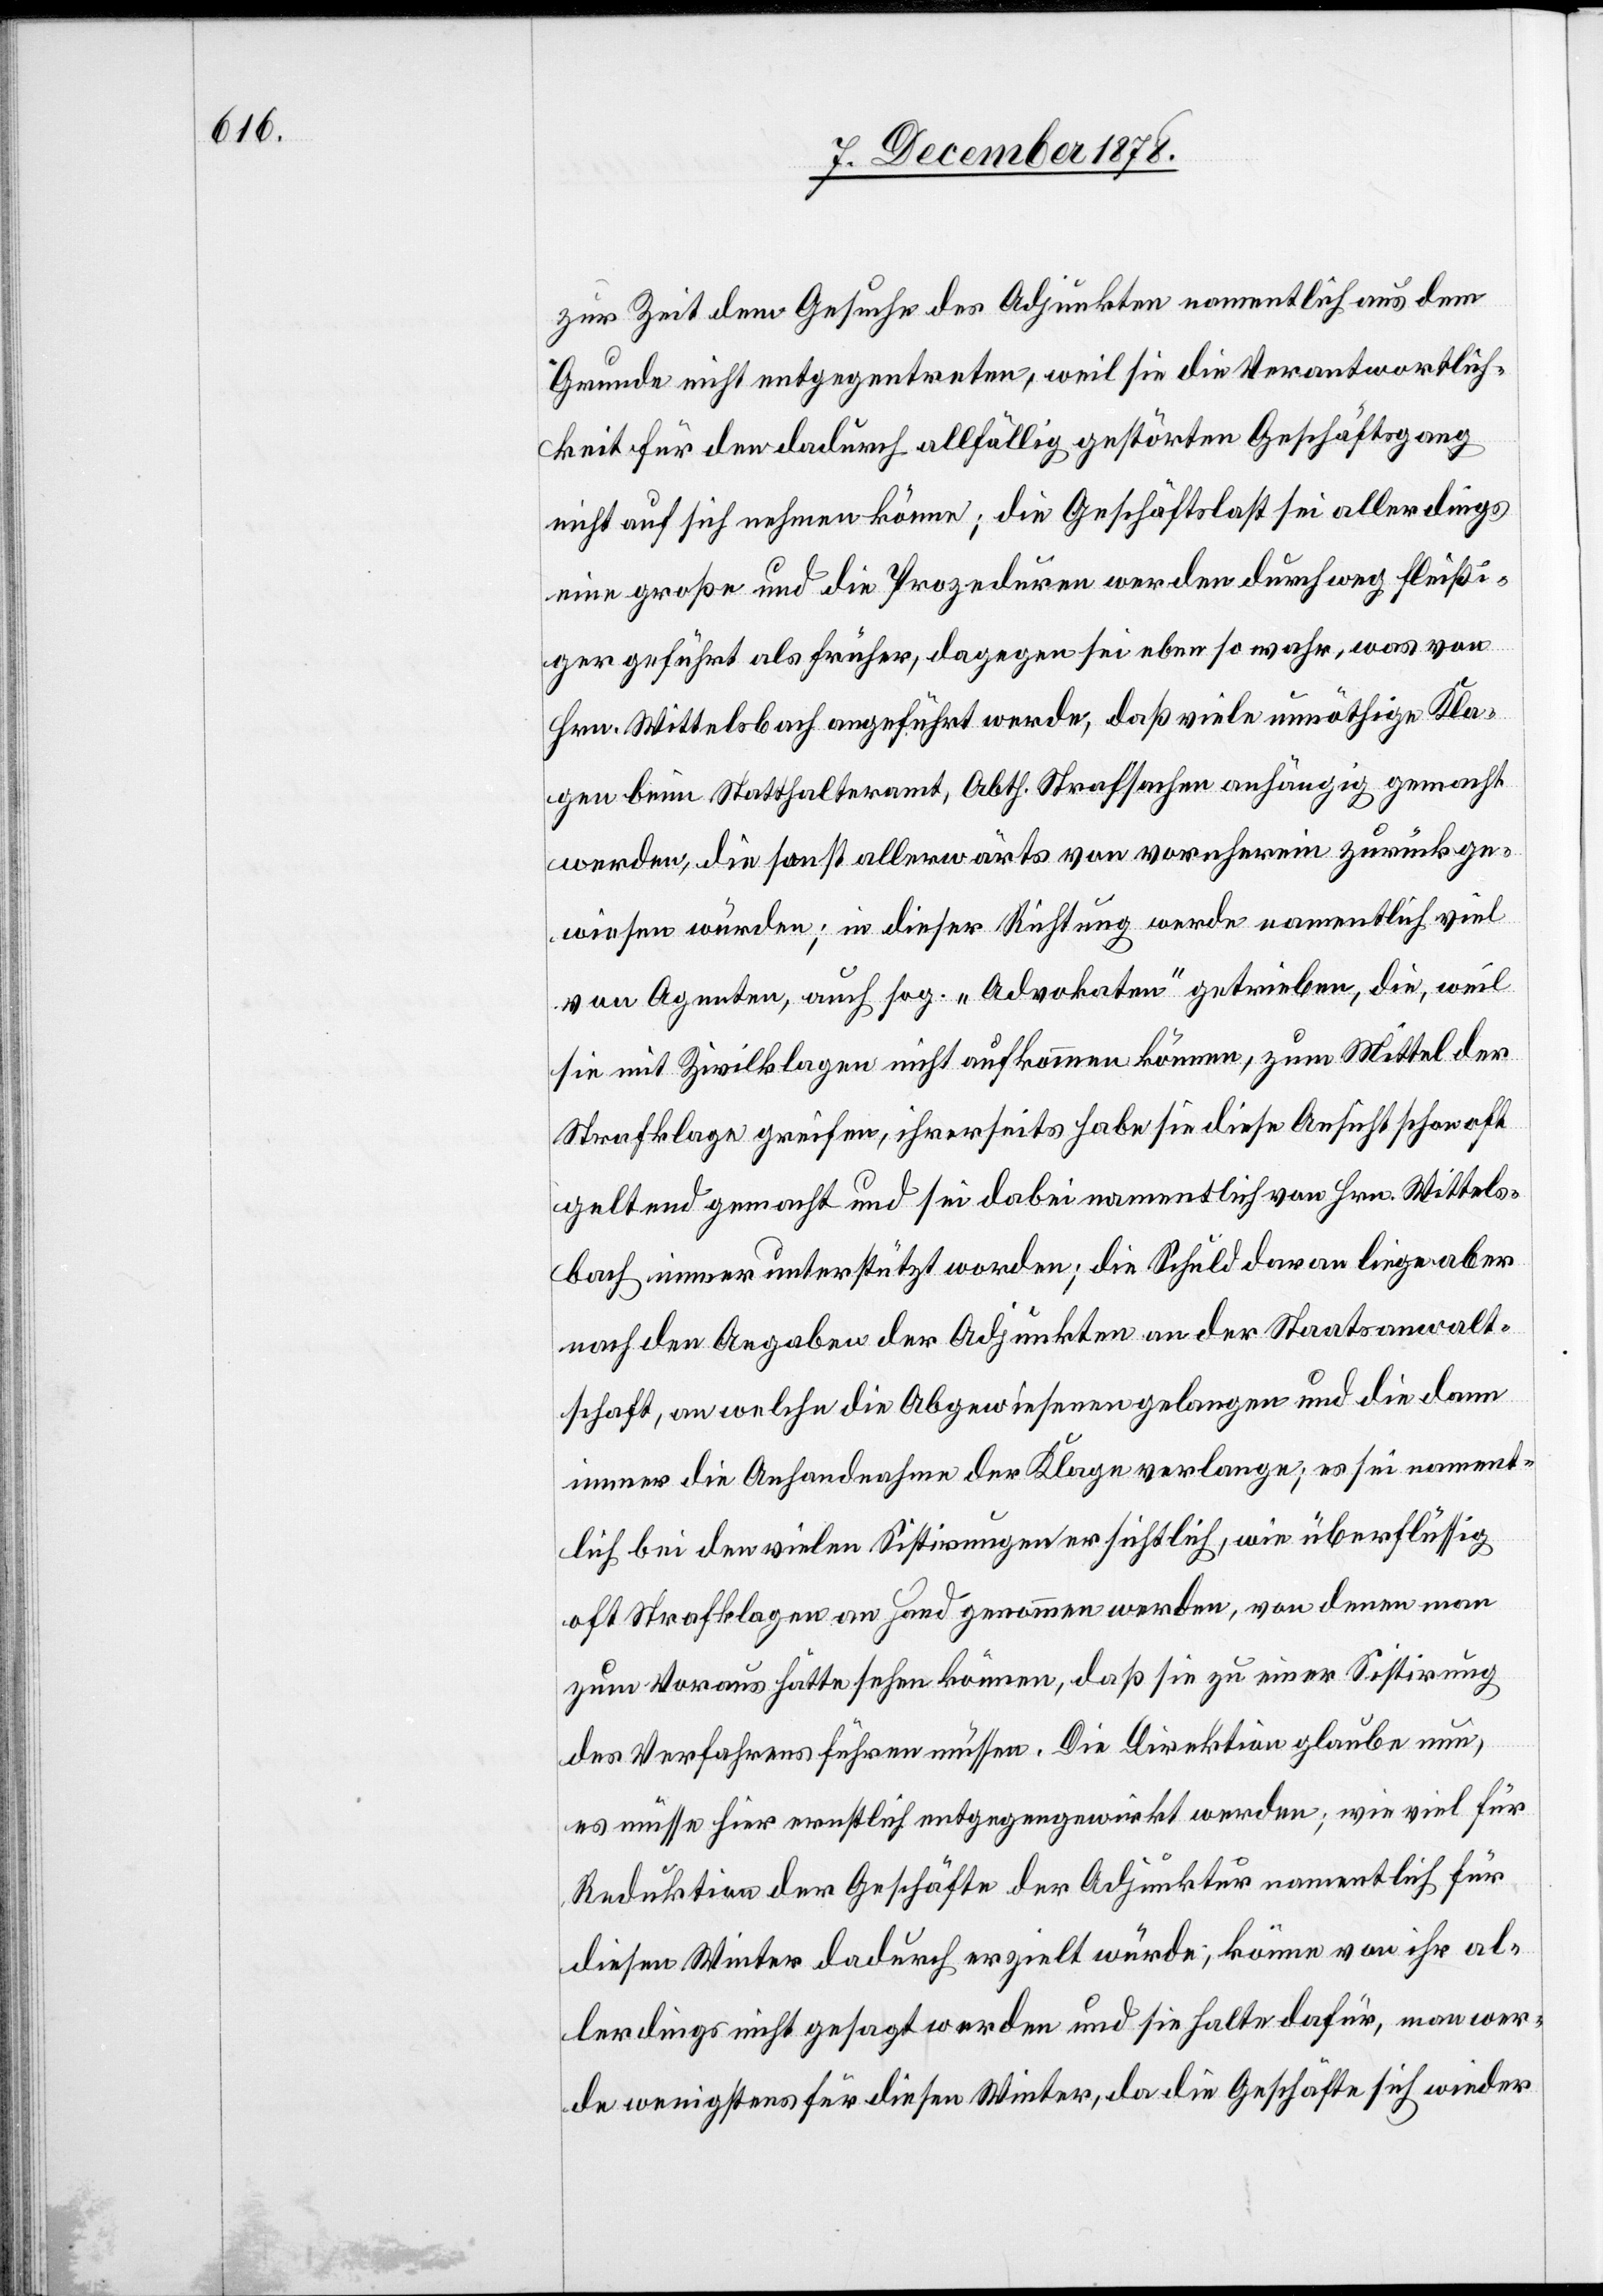
zur Zeit dem Gesuche des Adjunkten namentlich aus dem
Grunde nicht entgegentreten, weil sie die Verantwortlich¬
keit für den dadurch allfällig gestörten Geschäftsgang
nicht auf sich nehmen könne; die Geschäftslast sei allerdings
eine große und die Prozeduren werden durchweg fleißi¬
ger geführt als früher, dagegen sei eben so wahr, was von
Hrn. Wittelsbach angeführt werde, daß viele unnöthige Kla¬
gen beim Statthalteramt, Abth. Strafsachen anhängig gemacht
werden, die sonst allerwärts von vorherein zurückge¬
wiesen würden; in dieser Richtung werde namentlich viel
von Agenten, auch sog. „Advokaten“ getrieben, die, weil
sie mit Zivilklagen nicht aufkommen können, zum Mittel der
Strafklage greifen, ihrerseits habe sie diese Ansicht schon oft
geltend gemacht und sei dabei namentlich von Hrn. Wittels¬
bach immer unterstützt worden; die Schuld daran liege aber
nach den Angaben der Adjunkten an der Staatsanwalt¬
schaft, an welche die Abgewiesenen gelangen und die dann
immer die Anhandnahme der Klage verlange; es sei nament¬
lich bei den vielen Sistirungen ersichtlich, wie überflüssig
oft Strafklagen an Hand genommen werden, von denen man
zum Voraus hätte sehen können, daß sie zu einer Sistirung
des Verfahrens führen müssen. Die Direktion glaube nun,
es müsse hier ernstlich entgegengewirkt werden; wie viel für
Reduktion der Geschäfte der Adjunktur namentlich für
diesen Winter dadurch erzielt würde, könne von ihr al¬
lerdings nicht gesagt werden und sie halte dafür, man wer¬
de wenigstens für diesen Winter, da die Geschäfte sich wieder